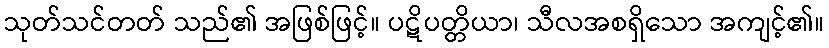
သုတ်သင်တတ် သည်၏ အဖြစ်ဖြင့်။ ပဋိပတ္တိယာ၊ သီလအစရှိသော အကျင့်၏။